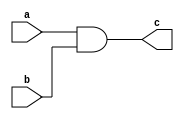
`timescale 1ns / 1ps
//////////////////////////////////////////////////////////////////////////////////
// Company: 
// Engineer: 
// 
// Design Name: 
// Module Name:    yumen_movz 
// Project Name: 
// Target Devices: 
// Tool versions: 
// Description: 
//
// Dependencies: 
//
// Revision: 
// Revision 0.01 - File Created
// Additional Comments: 
//
//////////////////////////////////////////////////////////////////////////////////
module yumen_movz(
    input a,
    input b,
    output c
    );
	 assign c = a & b;

endmodule